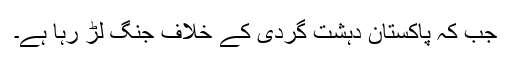
جب کہ پاکستان دہشت گردی کے خلاف جنگ لڑ رہا ہے۔